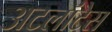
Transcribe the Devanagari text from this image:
अटलांटेस